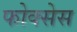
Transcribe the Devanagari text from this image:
फोक्सेस